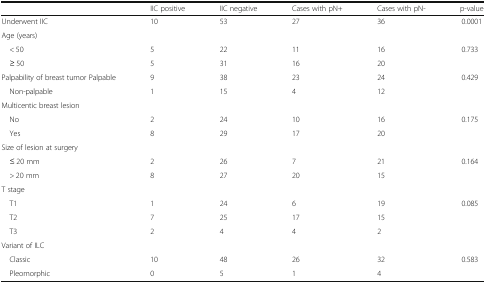
<table><thead><tr><td></td><td><b>IIC positive</b></td><td><b>IIC negative</b></td><td><b>Cases with pN+</b></td><td><b>Cases with pN-</b></td><td><b>p-value</b></td></tr></thead><tbody><tr><td>Underwent IIC</td><td>10</td><td>53</td><td>27</td><td>36</td><td>0.0001</td></tr><tr><td>Age (years)</td><td></td><td></td><td></td><td></td><td></td></tr><tr><td> &lt; 50</td><td>5</td><td>22</td><td>11</td><td>16</td><td>0.733</td></tr><tr><td> ≥ 50</td><td>5</td><td>31</td><td>16</td><td>20</td><td></td></tr><tr><td>Palpability of breast tumor Palpable</td><td>9</td><td>38</td><td>23</td><td>24</td><td>0.429</td></tr><tr><td> Non-palpable</td><td>1</td><td>15</td><td>4</td><td>12</td><td></td></tr><tr><td colspan="6">Multicentic breast lesion</td></tr><tr><td> No</td><td>2</td><td>24</td><td>10</td><td>16</td><td>0.175</td></tr><tr><td> Yes</td><td>8</td><td>29</td><td>17</td><td>20</td><td></td></tr><tr><td colspan="6">Size of lesion at surgery</td></tr><tr><td> ≤ 20 mm</td><td>2</td><td>26</td><td>7</td><td>21</td><td>0.164</td></tr><tr><td> &gt; 20 mm</td><td>8</td><td>27</td><td>20</td><td>15</td><td></td></tr><tr><td colspan="6">T stage</td></tr><tr><td> T1</td><td>1</td><td>24</td><td>6</td><td>19</td><td>0.085</td></tr><tr><td> T2</td><td>7</td><td>25</td><td>17</td><td>15</td><td></td></tr><tr><td> T3</td><td>2</td><td>4</td><td>4</td><td>2</td><td></td></tr><tr><td colspan="6">Variant of ILC</td></tr><tr><td> Classic</td><td>10</td><td>48</td><td>26</td><td>32</td><td>0.583</td></tr><tr><td> Pleomorphic</td><td>0</td><td>5</td><td>1</td><td>4</td><td></td></tr></tbody></table>